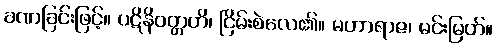
ခဏခြင်းဖြင့်။ ပဋိနိဝတ္တတိ၊ ငြိမ်းစဲလေ၏။ မဟာရာဇ၊ မင်းမြတ်။